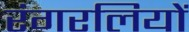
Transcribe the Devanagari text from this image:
रंगरलियों